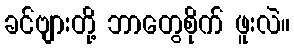
ခင်ဗျားတို့ ဘာတွေစိုက် ဖူးလဲ။